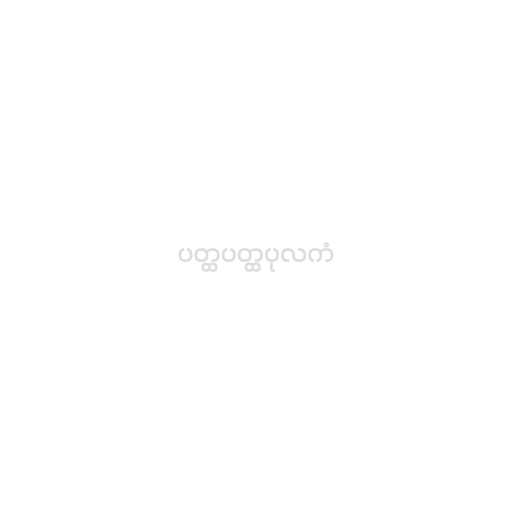
ပတ္ထပတ္ထပုလကံ